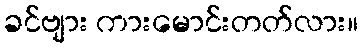
ခင်ဗျား ကားမောင်းတတ်လား။